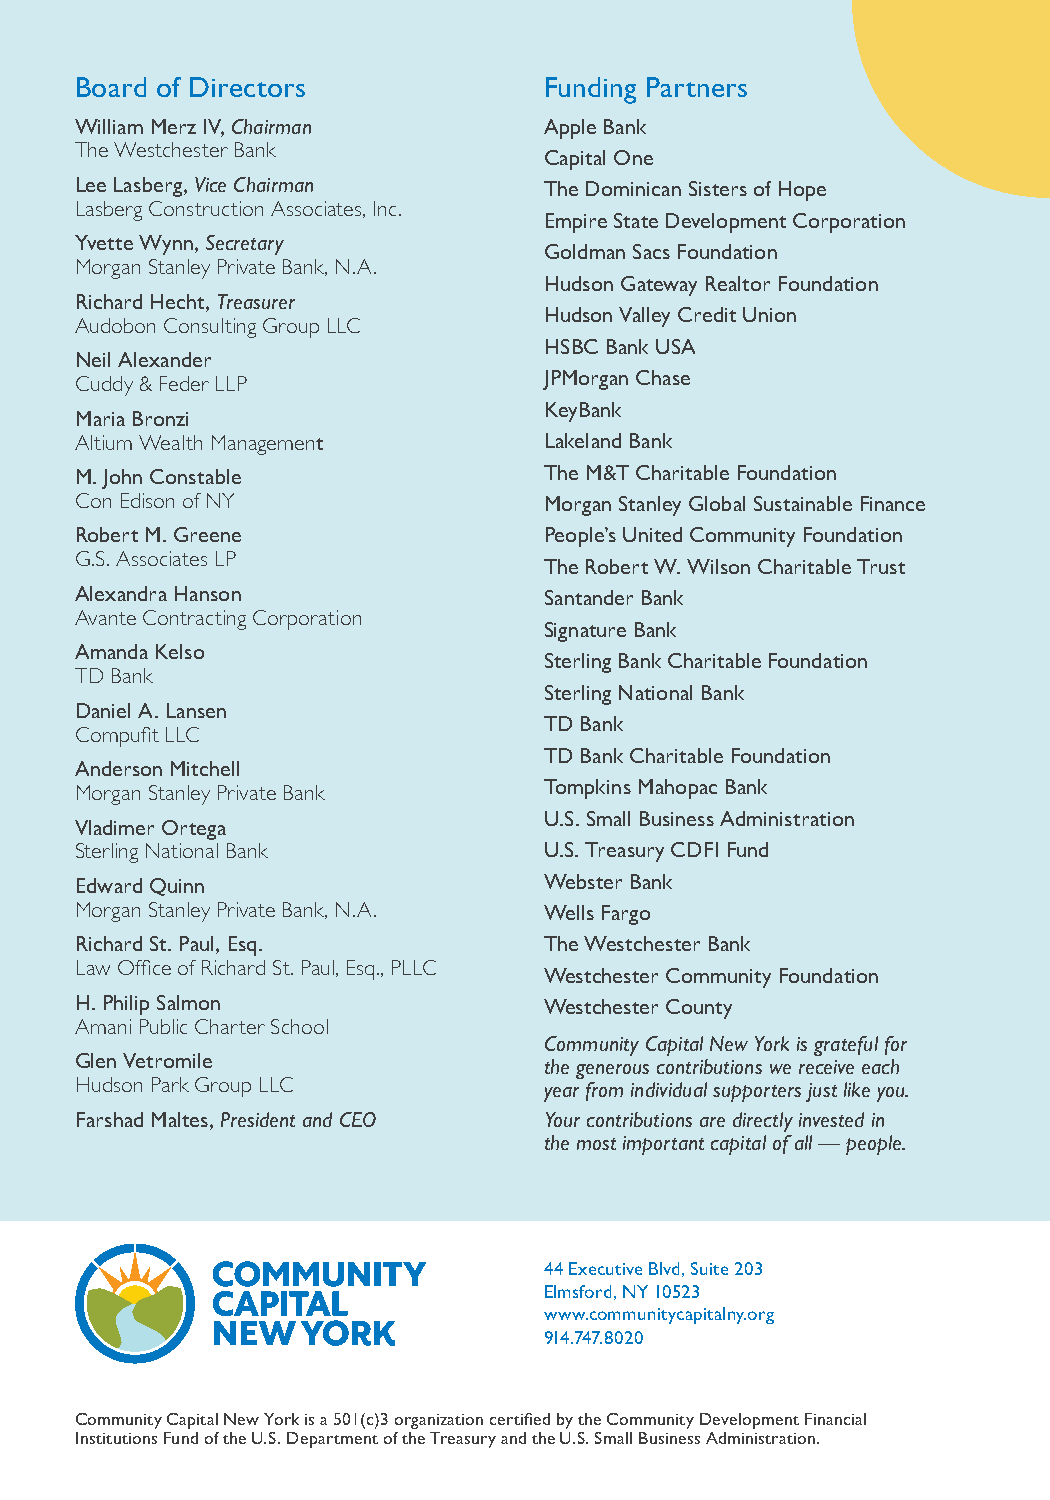
Board of Directors             Funding Partners
 William Merz IV, Chairman      Apple Bank
 The Westchester Bank
 Capital One
 Lee Lasberg, Vice Chairman     The Dominican Sisters of Hope
 Lasberg Construction Associates, Inc.
 Empire State Development Corporation
 Yvette Wynn, Secretary
 Goldman Sacs Foundation
 Morgan Stanley Private Bank, N.A.
 Hudson Gateway Realtor Foundation
 Richard Hecht, Treasurer
 Hudson Valley Credit Union
 Audobon Consulting Group LLC
 HSBC Bank USA
 Neil Alexander
 Cuddy & Feder LLP              JPMorgan Chase
 KeyBank
 Maria Bronzi
 Altium Wealth Management       Lakeland Bank
 M. John Constable              The M&T Charitable Foundation
 Con Edison of NY               Morgan Stanley Global Sustainable Finance
 Robert M. Greene               People’s United Community Foundation
 G.S. Associates LP
 The Robert W. Wilson Charitable Trust
 Alexandra Hanson               Santander Bank
 Avante Contracting Corporation
 Signature Bank
 Amanda Kelso
 Sterling Bank Charitable Foundation
 TD Bank
 Sterling National Bank
 Daniel A. Lansen
 TD Bank
 Compufit LLC
 TD Bank Charitable Foundation
 Anderson Mitchell
 Morgan Stanley Private Bank    Tompkins Mahopac Bank
 U.S. Small Business Administration
 Vladimer Ortega
 Sterling National Bank         U.S. Treasury CDFI Fund
 Edward Quinn                   Webster Bank
 Morgan Stanley Private Bank, N.A. Wells Fargo
 Richard St. Paul, Esq.         The Westchester Bank
 Law Office of Richard St. Paul, Esq., PLLC
 Westchester Community Foundation
 H. Philip Salmon               Westchester County
 Amani Public Charter School
 Community Capital New York is grateful for
 Glen Vetromile                 the generous contributions we receive each
 Hudson Park Group LLC          year from individual supporters just like you.
 Farshad Maltes, President and CEO Your contributions are directly invested in
 the most important capital of all — people.
 44 Executive Blvd, Suite 203
 Elmsford, NY 10523
 www.communitycapitalny.org
 914.747.8020
 Community Capital New York is a 501(c)3 organization certified by the Community Development Financial
 Institutions Fund of the U.S. Department of the Treasury and the U.S. Small Business Administration.